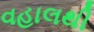
વહાલથી